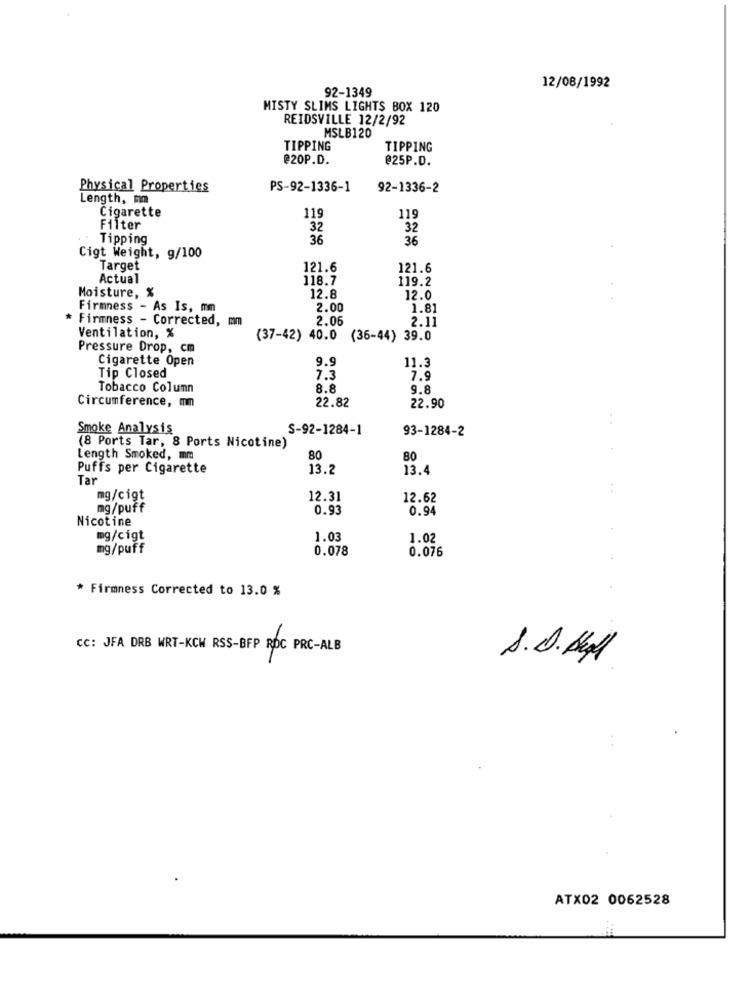
92-1349
12/08/1992
MISTY SLIMS LIGHTS BOX 120
REIDSVILLE 12/2/92
MSLB120
TIPPING
TIPPING
@20P.D.
@25P.D.
Physical Properties
PS-92-1336-1
92-1336-2
Length, mm
Cigarette
119
119
Filter
32
32
Tipping
36
36
Cigt Weight, g/100
Target
121.6
121.6
Actual
118.7
119.2
Moisture, %
12.8
12.0
Firmness - As Is, mm
2.00
1.81
Firmness - Corrected, mm
2.06
2.11
Ventilation, %
(37-42) 40.0 (36-44) 39.0
Pressure Drop, cm
Cigarette Open
9.9
11.3
Tip Closed
7.3
7.9
Tobacco Column
8.8
9.8
Circumference, mm
22.82
22.90
..
Smoke Analysis
S-92-1284-1
93-1284-2
(8 Ports Tar, 8 Ports Nicotine)
Length Smoked, mm
80
80
Puffs per Cigarette
13.2
13.4
Tar
..
mg/cigt
12.31
12.62
mg/puff
0.93
0.94
Nicotine
mg/cigt
1.03
1.02
mg/puff
0.078
0.076
* Firmness Corrected to 13.0 %
CC: JFA DRB WRT-KCW RSS-BFP RDC PRC-ALB
S.D. Begl
ATX02 0062528